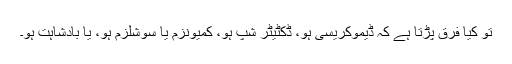
تو کیا فرق پڑتا ہے کہ ڈیموکریسی ہو، ڈکٹیٹر شپ ہو، کمیونزم یا سوشلزم ہو، یا بادشاہت ہو۔